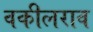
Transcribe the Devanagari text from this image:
वकीलराव